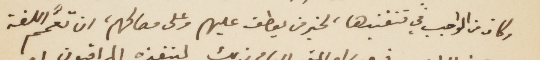
وكان من الواجب في تنفيذها، لخير من يعطف عليهم وعلى مصالحهم، ان تعمّم اللغة